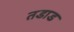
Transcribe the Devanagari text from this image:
तडाड